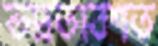
ভদ্রতাবশত